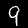
Digit: 9